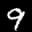
Label: 9